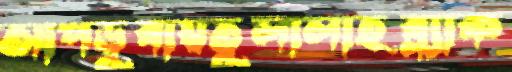
আপডুবায়তুলালাহব্ল্যাক